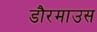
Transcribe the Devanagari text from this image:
डौरमाउस